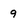
Character: 9